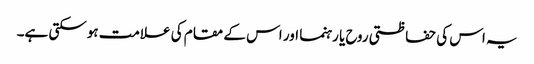
یہ اس کی حفاظتی روح یا رہنما اور اس کے مقام کی علامت ہوسکتی ہے۔